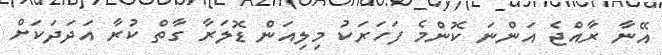
އޭނާ ރާއްޖެ އަންނަ ކޮންމެ ފަހަރަކު މިލިއަން ޑޮލަރާ ގާތް ކުރާ އަދަދަކަށް